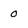
Character: 0